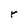
Character: r